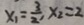
x _ { 1 } = \frac { 3 } { 2 } , x _ { 2 } = 2